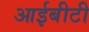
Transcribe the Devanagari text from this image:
आईबीटी